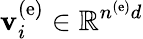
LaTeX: {\mathbf v}_{i}^{\left(\mathrm{e}\right)}\in\mathbb{R}^{n^{\left(\mathrm{e}\right)}d}